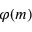
\varphi ( m )